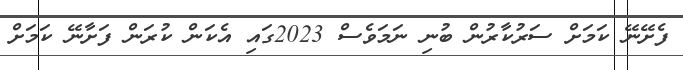
ފެށޭނޭ ކަމަށް ސަރުކާރުން ބުނި ނަމަވެސް 2023ގައި އެކަން ކުރަން ފަށާނޭ ކަމަށް